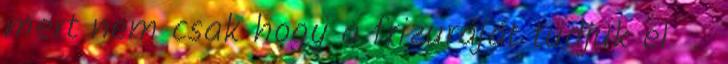
mert nem csak hogy a frizuráját tudjuk el .